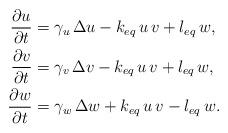
LaTeX: \begin{align*} \frac{\partial u}{\partial t}&= \gamma_u\, \Delta u - k_{eq}\,u\,v + l_{eq}\,w, \\ \frac{\partial v}{\partial t}&= \gamma_v\, \Delta v - k_{eq}\,u\,v + l_{eq}\,w, \\ \frac{\partial w}{\partial t}&= \gamma_w\, \Delta w + k_{eq}\,u\,v - l_{eq}\,w.\end{align*}